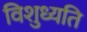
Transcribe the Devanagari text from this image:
विशुध्यति